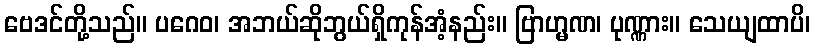
ဗေဒင်တို့သည်။ ပဂေဝ၊ အဘယ်ဆိုဘွယ်ရှိကုန်အံ့နည်း။ ဗြာဟ္မဏ၊ ပုဏ္ဏား။ သေယျထာပိ၊